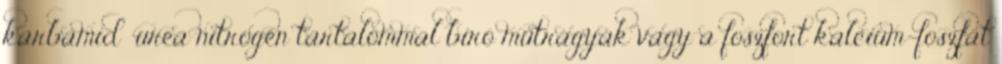
karbamid urea nitrogén tartalommal bíró műtrágyák vagy a foszfort kalcium-foszfát